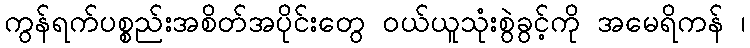
ကွန်ရက်ပစ္စည်းအစိတ်အပိုင်းတွေ ဝယ်ယူသုံးစွဲခွင့်ကို အမေရိကန် ၊